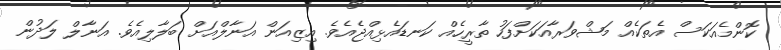
ކޮންމެއަކަސް އެތަކެއް މަޝްވަރާއަކަށްފަހު ތާރީހެއް ކަނޑައެޅިއްޖެއެވެ. އިޒިއަން އަނާލްއަށް ބަލާލިއެވެ. އަނާލް ލަދުން